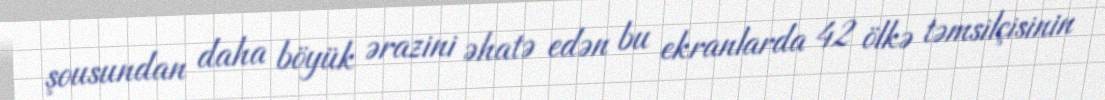
şousundan daha böyük ərazini əhatə edən bu ekranlarda 42 ölkə təmsilçisinin